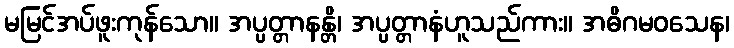
မမြင်အပ်ဖူးကုန်သော။ အပ္ပတ္တာနန္တိ၊ အပ္ပတ္တာနံဟူသည်ကား။ အဓိဂမဝသေန၊